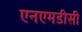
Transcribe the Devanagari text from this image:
एनएमडीसी